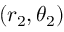
( r _ { 2 } , \theta _ { 2 } )